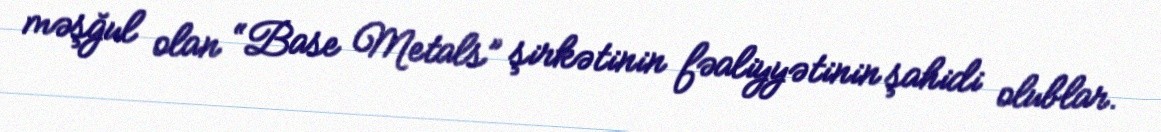
məşğul olan “Base Metals” şirkətinin fəaliyyətinin şahidi olublar.